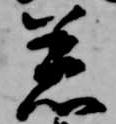
着